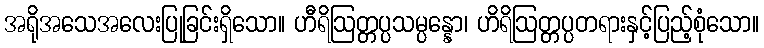
အရိုအသေအလေးပြုခြင်းရှိသော။ ဟီရိဩတ္တပ္ပသမ္ပန္နော၊ ဟိရိဩတ္တပ္ပတရားနှင့်ပြည့်စုံသော။